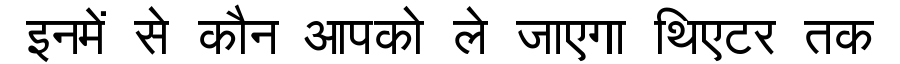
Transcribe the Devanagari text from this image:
इनमें से कौन आपको ले जाएगा थिएटर तक